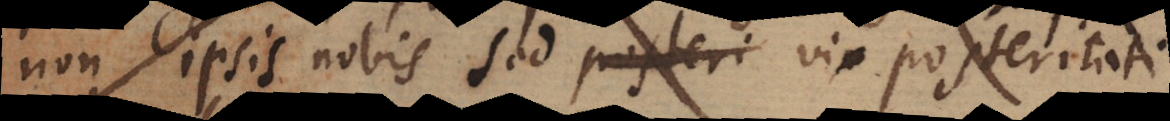
non ipsis nobis sed posteri vix posteritati